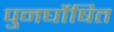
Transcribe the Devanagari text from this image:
पुनर्घोषित